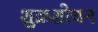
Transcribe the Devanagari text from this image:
शुक्रशोधन